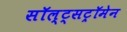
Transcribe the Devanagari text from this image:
सॉल्ट्सट्रॉमेन